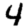
Digit: 4